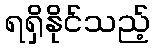
ရရှိနိုင်သည့်